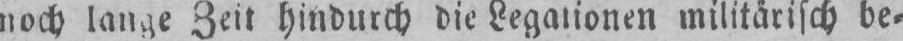
noch lange Zeit hindurch die Legationen militärisch be⸗